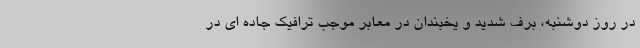
در روز دوشنبه، برف شدید و یخبندان در معابر موجب ترافیک جاده ای در